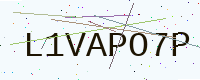
Text: L1VAPO7P